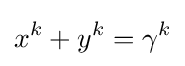
x^{k}+y^{k}=\gamma ^{k}